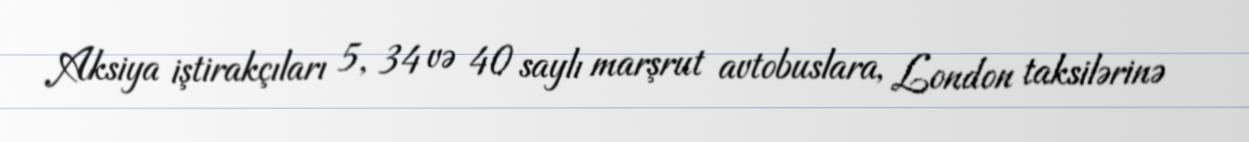
Aksiya iştirakçıları 5, 34 və 40 saylı marşrut avtobuslara, London taksilərinə